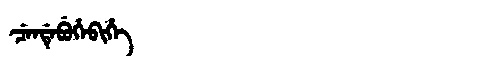
Manchu: ᠴᡝᠨᡩᡝᠪᡠᡥᡝᠪᡳᡥᡝ
Romanization: CENDEBUHEBIHE